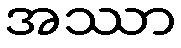
အဿာ